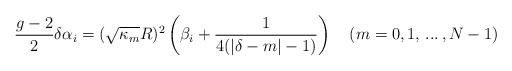
\begin{align*}{g-2\over 2}\delta\alpha_i=(\sqrt{\kappa_m}R)^2\left(\beta_i+{1\over4(|\delta-m|-1)}\right)\quad (m=0,1,\,...\,,N-1) \,\end{align*}